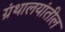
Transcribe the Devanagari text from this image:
ग्रंथालयांतील